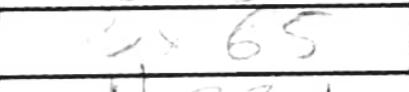
Transcription: Bxb5